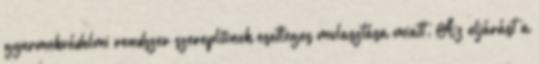
gyermekvédelmi rendszer szereplőinek esetleges mulasztása miatt. Az eljárást a